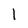
Character: l